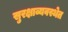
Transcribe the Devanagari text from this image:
सुरक्षाव्यवस्थेत